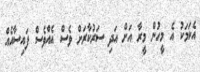
އެކަމަކު އެ މީހުން މީރާ އަށް އަދި ސަރުކާރަށް ވެސް އެއްވެސް ފައިސާއެއް